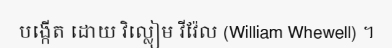
បង្កើត ដោយ វិល្លៀម វីវ៉ែល (William Whewell) ។